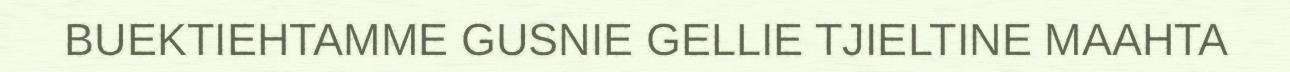
BUEKTIEHTAMME GUSNIE GELLIE TJIELTINE MAAHTA